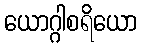
ယောဂ္ဂါစရိယော